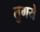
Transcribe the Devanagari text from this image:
तुगये